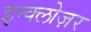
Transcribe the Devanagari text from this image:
इन्क्लोज़र